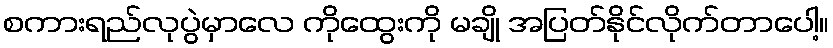
စကားရည်လုပွဲမှာလေ ကိုထွေးကို မချို အပြတ်နိုင်လိုက်တာပေါ့။